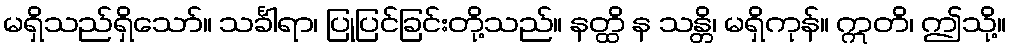
မရှိသည်ရှိသော်။ သင်္ခါရာ၊ ပြုပြင်ခြင်းတို့သည်။ နတ္ထိ န သန္တိ၊ မရှိကုန်။ ဣတိ၊ ဤသို့။